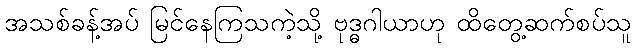
အသစ်ခန့်အပ် မြင်နေကြသကဲ့သို့ ဗုဒ္ဓဂါယာဟု ထိတွေ့ဆက်စပ်သူ